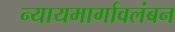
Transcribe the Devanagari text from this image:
न्यायमार्गावलंबन